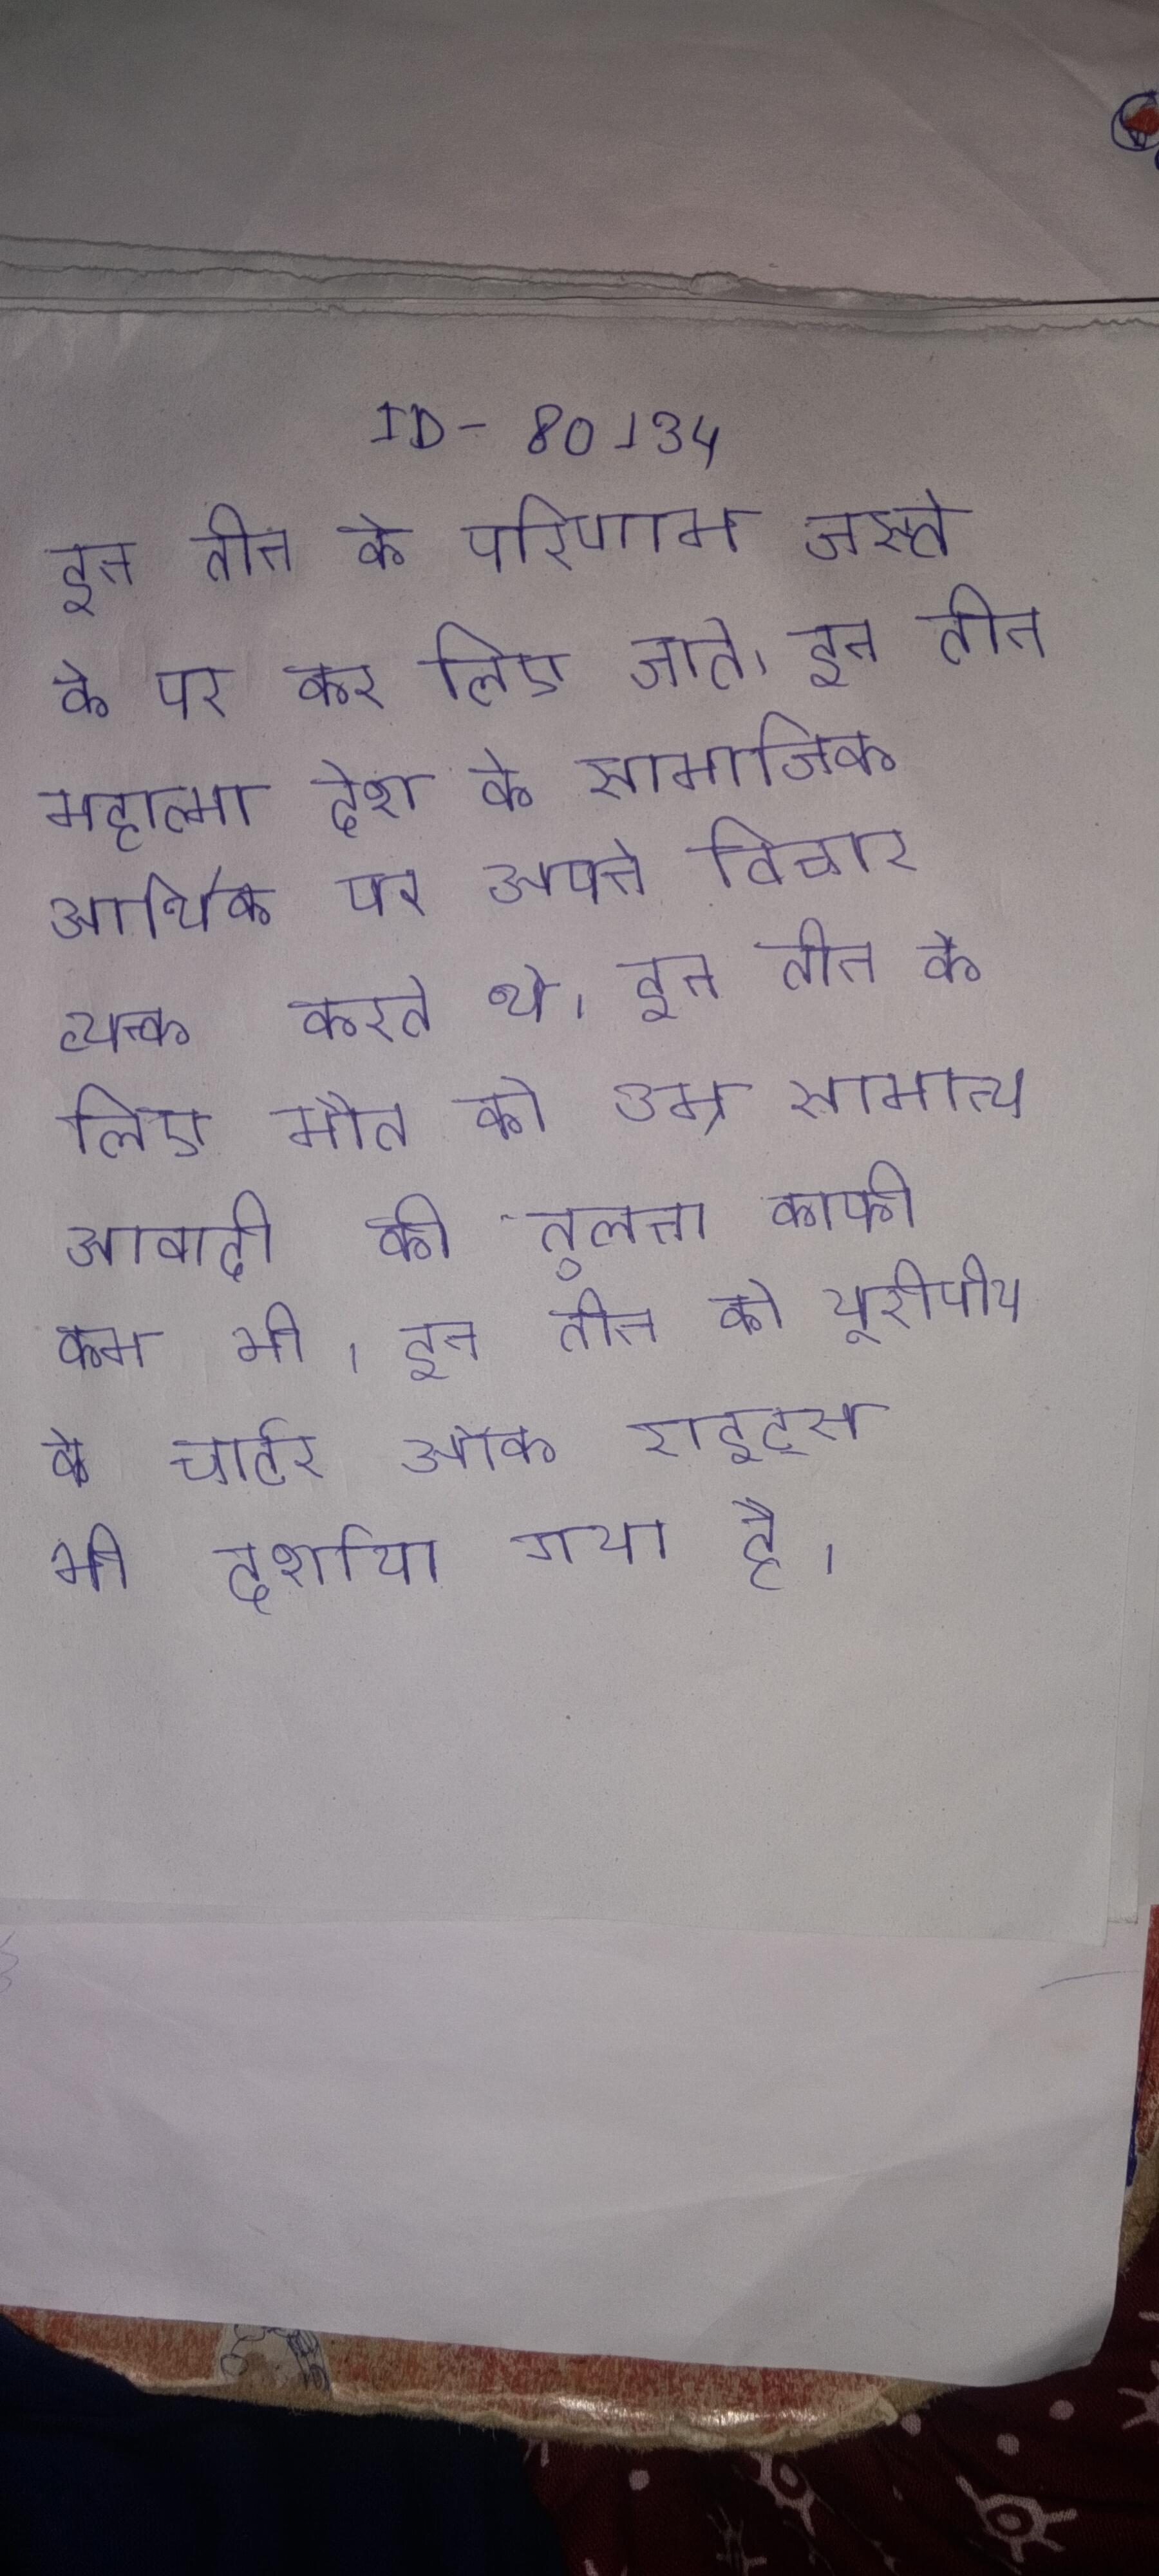
इन तीन के परिणाम जस्ते के पर कर लिए जाते । इन तीन महात्मा देश के सामाजिक आर्थिक पर अपने विचार व्यक्त करते थे । इन तीन के लिए मौत की उम्र सामान्य आबादी की तुलना काफी कम थी । इन तीन को यूरोपीय के चार्टर ऑफ राइट्स भी दर्शाया गया है ।